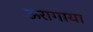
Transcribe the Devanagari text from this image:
ऊरागाया